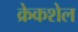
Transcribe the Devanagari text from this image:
क्रेकशेल